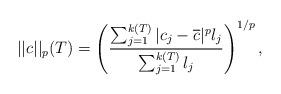
LaTeX: \begin{align*} ||c||_{p}(T) = \left(\frac{ \sum_{j=1}^{k(T)} |c_{j}-\overline{c}|^{p} l_{j}}{\sum_{j=1}^{k(T)} l_j} \right)^{{1}/{p}},\end{align*}